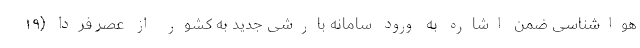
هواشناسی ضمن اشاره به ورود سامانه بارشی جدید به کشور از عصر فردا (۱۹